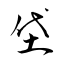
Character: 垈